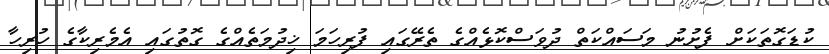
ކުޑަގޮތަކަށް ފެށުނު މަސައްކަތް ދުވަސްކޮޅެއްގެ ތެރޭގައި ފުރިހަމަ ޚިދުމަތެއްގެ ގޮތުގައި އެމެރިކާގެ ހުރިހާ